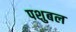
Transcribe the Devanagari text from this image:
पशुबल